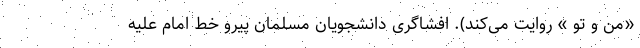
«من و تو » روایت می‌کند). افشاگری دانشجویان مسلمان پیرو خط امام علیه